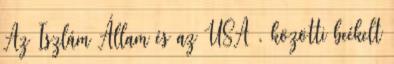
Az Iszlám Állam és az USA . közötti beékelt